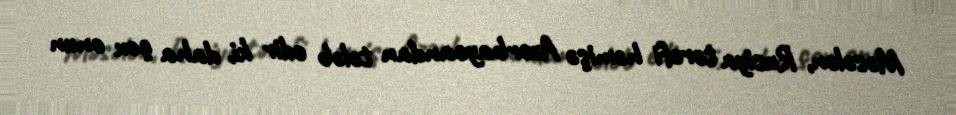
Məsələn, Rusiya tərəfi həmişə Azərbaycandan tələb edir ki, daha çox onun